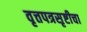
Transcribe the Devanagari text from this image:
वृत्तपत्रसृष्टीचा